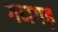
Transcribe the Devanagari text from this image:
गनगढ़